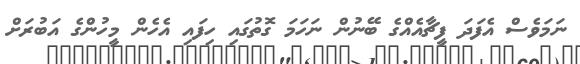
ނަމަވެސް އެފަދަ ފީޗާއެއްގެ ބޭނުން ނަހަމަ ގޮތުގައި ހިފައި އެހެން މީހުންގެ އަބުރަށް